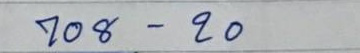
708 - 20